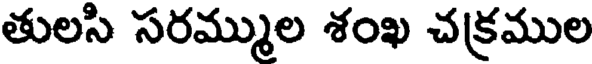
తులసి సరమ్ముల శంఖ చక్రముల